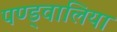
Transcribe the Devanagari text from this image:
पण्ड्वालिया